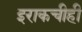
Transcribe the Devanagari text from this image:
इराकचीही